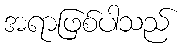
အရာဖြစ်ပါသည်